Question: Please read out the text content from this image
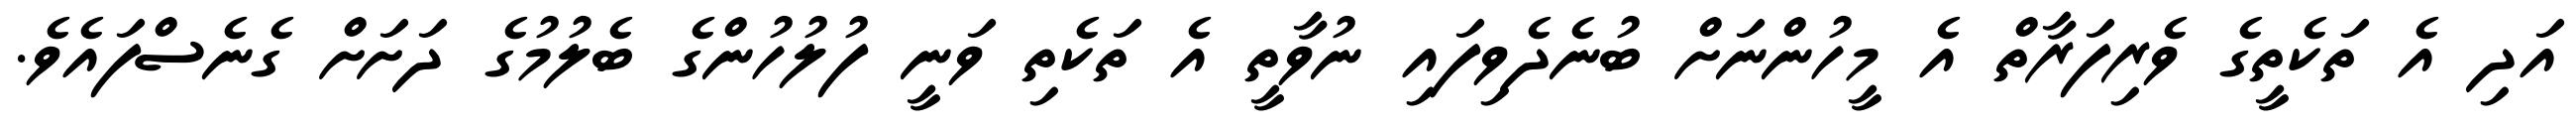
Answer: އަދި އެ ތަކެތީގެ ވެރިފަރާތް އެ މީހުންނަށް ބުނެދެވިފައި ނުވާތީ އެ ތަކެތި ވަނީ ފުލުހުންގެ ބެލުމުގެ ދަށަށް ގެނެސްފައެވެ.